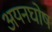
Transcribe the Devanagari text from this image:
अयनघोष